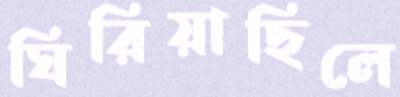
ঘিরিয়াছিলে